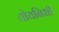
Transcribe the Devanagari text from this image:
तोयनिधी